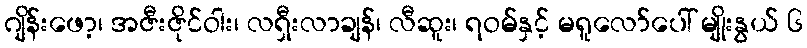
ဂျိန်းဖော့၊ အဇီးဇိုင်ဝါး၊ လရှီးလာချန်၊ လီဆူး၊ ရဝမ်နှင့် မရူလော်ပေါ် မျိုးနွယ် ၆